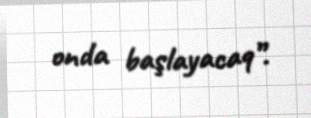
onda başlayacaq”.